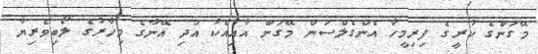
މޭގަންގެ ކުރީގެ ފިރިމީހާ އެންގެލްސަން މޭގަން އާއިއެކު އަދި އޭނާގެ މިހާރުގެ ލޯބިވެރިޔާ